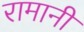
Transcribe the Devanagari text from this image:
रामानी